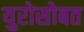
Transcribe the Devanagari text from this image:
युरोसोबत